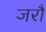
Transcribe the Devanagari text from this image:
जरौं